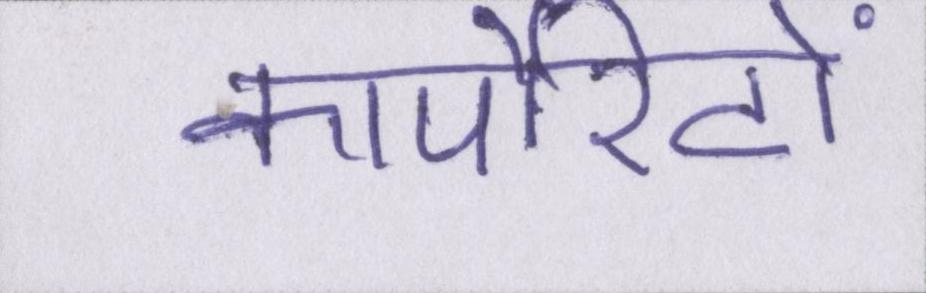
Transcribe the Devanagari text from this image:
कार्पोरेटों